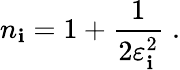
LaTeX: n_{\mathbf{i}}=1+\frac{{1}}{{2\varepsilon_{\mathbf{i}}^{2}}}\; .